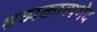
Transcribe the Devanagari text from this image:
श्रव्यकाव्यभेद